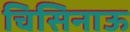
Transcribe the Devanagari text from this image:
चिसिनाऊ